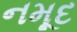
નમૂદ